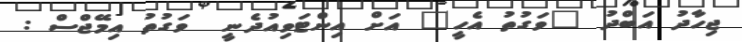
ޖިހާދު އަބްދު "ވަގުތު އެހީ" އަށް އިންޓަވިއުދެނީ  ވަގުތު އިމޭޖްސް :